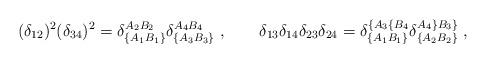
LaTeX: \begin{align*}(\delta_{12})^2(\delta_{34})^2=\delta_{\{A_1B_1\}}^{A_2B_2}\delta_{\{A_3B_3\}}^{A_4B_4}\;, \qquad\delta_{13}\delta_{14}\delta_{23}\delta_{24}=\delta_{\{A_1B_1\}}^{\{A_3\{B_4}\delta_{\{A_2B_2\}}^{A_4\}B_3\}}\;,\end{align*}